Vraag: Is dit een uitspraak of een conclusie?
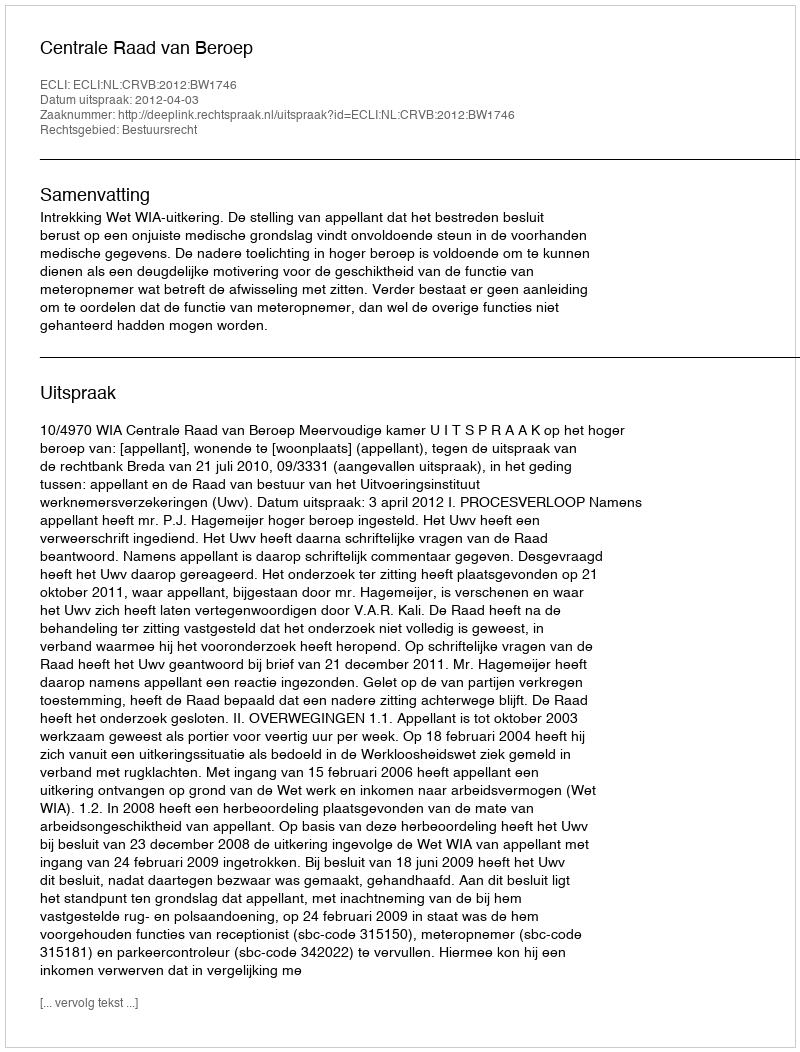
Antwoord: Uitspraak